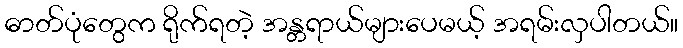
ဓာတ်ပုံတွေက ရိုက်ရတဲ့ အန္တရာယ်များပေမယ့် အရမ်းလှပါတယ်။